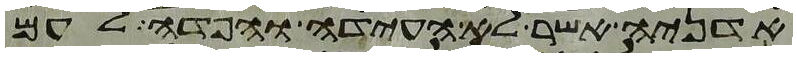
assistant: אדניה אשר לא העידה והפדה לעם